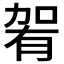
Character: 𱐴